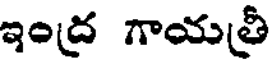
ఇంద్ర గాయత్రీ